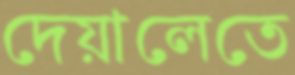
দেয়ালেতে